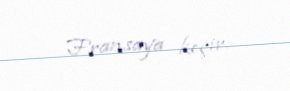
Fransaya keçir.